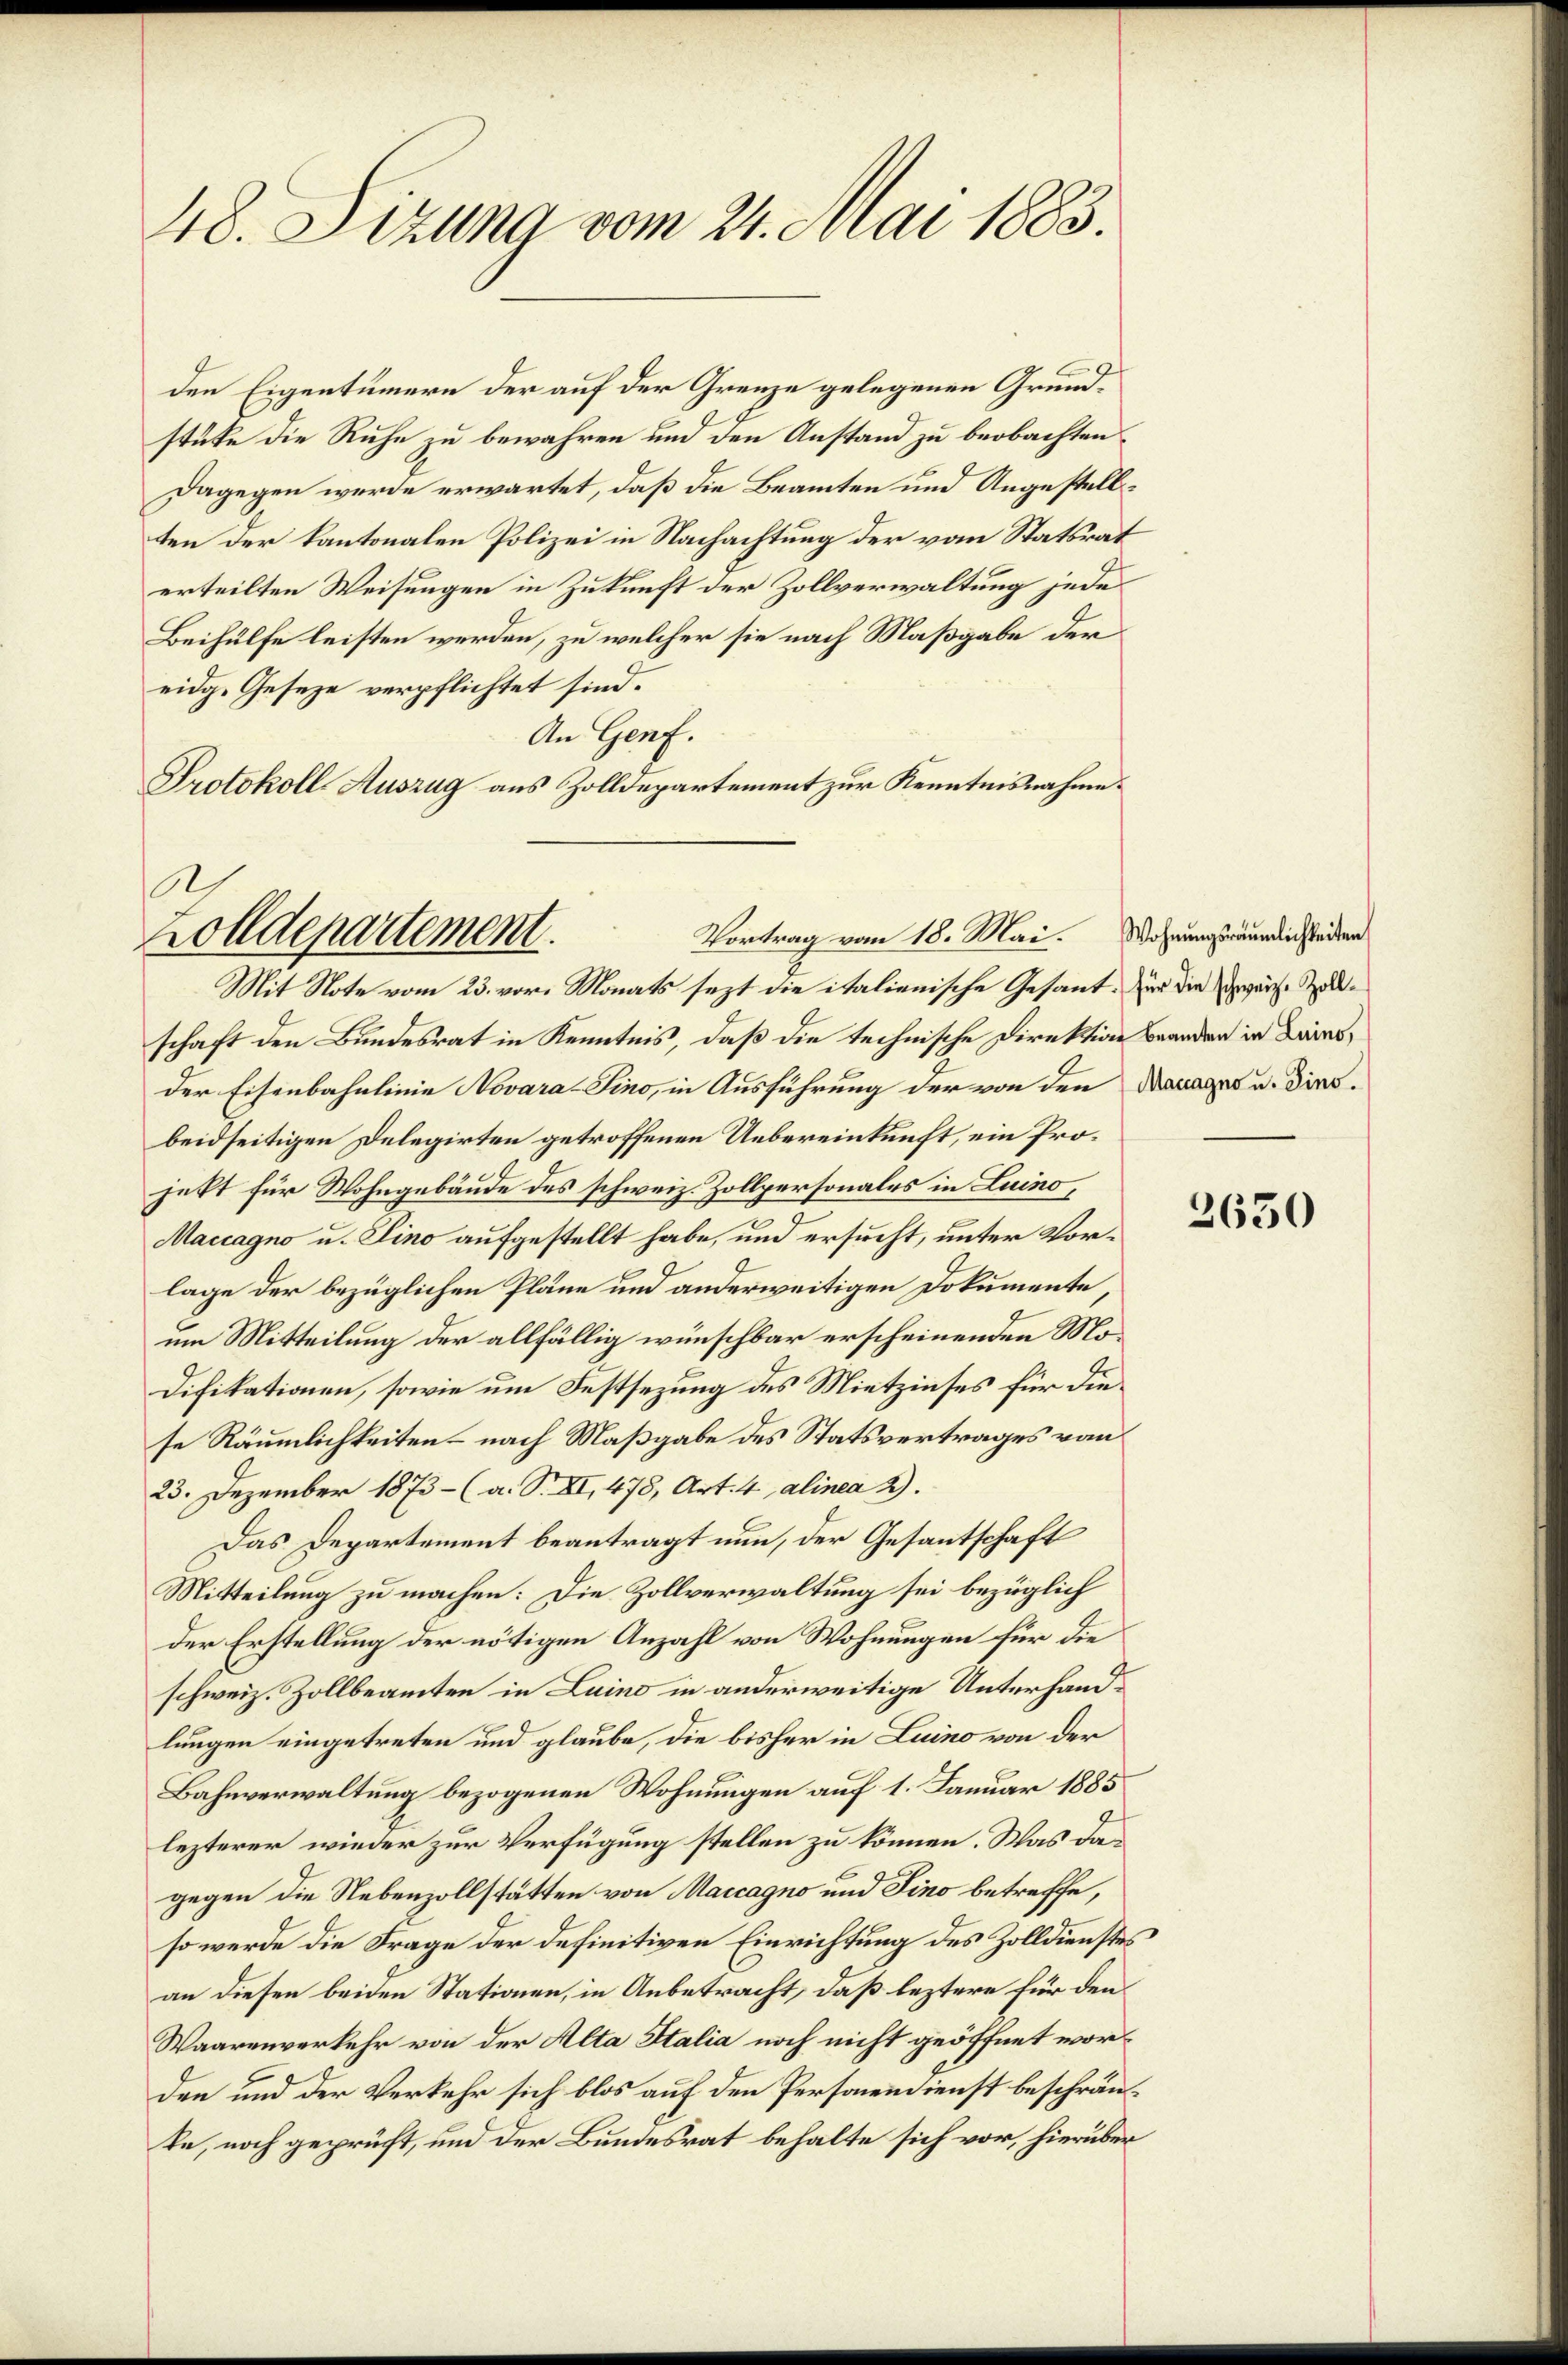
48. Sizung vom 24. Mai 1883.

A.
Vortrag vom 18. Mai.
Zolldepartement.
Mit Note vom 23. vor. Monats sezt die italienische Gesant, zur die wäre Zol¬

den Eigentümern der auf der Grenze gelegenen Grundstüke die Ruhe zu bewahren und den Anstand zu beobachten,
Dagegen werde erwartet, daß die Beamten und Angestellten der kantonalen Polizei in Nachachtung der vom Statsrat
erteilten Weisungen in Zukunft der Zollverwaltung jede
Beihülfe leisten werden, zu welcher sie nach Maßgabe der
eidg. Geseze verpflichtet sind.
An Genf.
Protokoll Auszug aus Zolldepartement zur Kenntnisnahme.

schaft den Bundesrat in Kenntnis, daß die technische Direktion Branden in Lains,
der Eisenbahnlinie Novara-Sino, in Ausführung der von den Menages u. diesbeidseitigen Delegirten getroffenen Uebereinkunft, ein Projekt für Wohngebäude des schweiz. Zollpersonales in Luino,
Maccagno u. Sino aufgestellt habe, und ersucht, unter Vorlage der bezüglichen Pläne und anderweitigen Dokumente
um Mitteilung der allfällig wünschbar erscheinenden Mo¬
Difikationen, sowie um Festsezung des Mietzinses für die
se Räumlichkeiten – nach Maßgabe des Statsvertrages von
23. Dezember 1873 - (a. S. XI, 478, Art. 4 alinea 2).
Das Departement beantragt nun, der Gesantschaft
Mitteilung zu machen: Die Zollverwaltung sei bezüglich
der Erstellung der nötigen Anzahl von Wohnungen für die
schweiz. Zollbeamten in Luino in anderweitige Unterhandlungen eingetreten und glaube, die bisher in Luino von der
Bahnverwaltung bezogenen Wohnungen auf 1. Januar 1885
lezterer wieder zur Verfügung stellen zu können. Was da
gegen die Nebenzollstätten von Marcagno und Fino betreffe,
so werde die Frage der definitiven Einrichtung des Zolldienstes
an diesen beiden Stationen, in Anbetracht, daß leztere für den
Waarenverkehr von der Alta Italia noch nicht geöffnet worden und der Verkehr sich blos auf den Personendienst beschränte, noch geprüft, und der Bundesrat behalte sich vor, hierüber

Wohnungsräumlichkeiten

2630